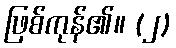
ဖြစ်ကုန်၏။ (၂)